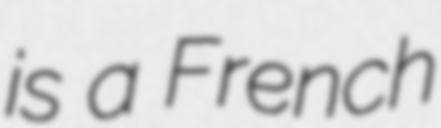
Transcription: is a French